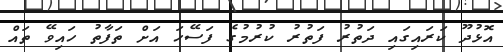
އޮޅުދޫ ކަރައިގައި ދަތުރު ފަތުރު ކުރުމުގެ ފަސޭހަ އަށް ތަފާތު ހައިވޭ ތައް